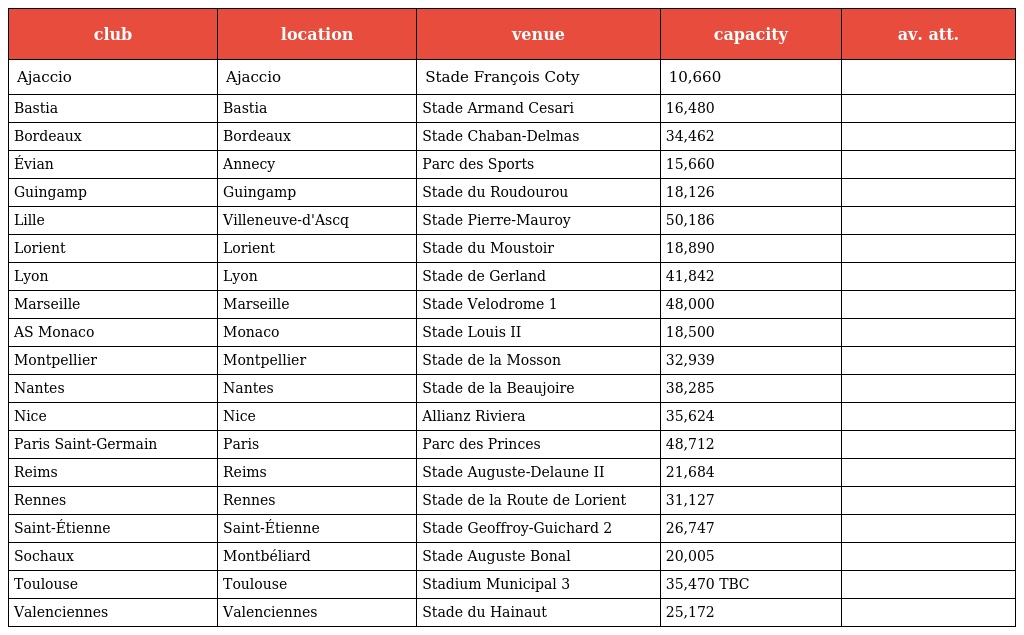
| club | location | venue | capacity | av. att. |
 | --- | --- | --- | --- | --- |
 | Ajaccio | Ajaccio | Stade François Coty | 10,660 |  |
 | Bastia | Bastia | Stade Armand Cesari | 16,480 |  |
 | Bordeaux | Bordeaux | Stade Chaban-Delmas | 34,462 |  |
 | Évian | Annecy | Parc des Sports | 15,660 |  |
 | Guingamp | Guingamp | Stade du Roudourou | 18,126 |  |
 | Lille | Villeneuve-d'Ascq | Stade Pierre-Mauroy | 50,186 |  |
 | Lorient | Lorient | Stade du Moustoir | 18,890 |  |
 | Lyon | Lyon | Stade de Gerland | 41,842 |  |
 | Marseille | Marseille | Stade Velodrome 1 | 48,000 |  |
 | AS Monaco | Monaco | Stade Louis II | 18,500 |  |
 | Montpellier | Montpellier | Stade de la Mosson | 32,939 |  |
 | Nantes | Nantes | Stade de la Beaujoire | 38,285 |  |
 | Nice | Nice | Allianz Riviera | 35,624 |  |
 | Paris Saint-Germain | Paris | Parc des Princes | 48,712 |  |
 | Reims | Reims | Stade Auguste-Delaune II | 21,684 |  |
 | Rennes | Rennes | Stade de la Route de Lorient | 31,127 |  |
 | Saint-Étienne | Saint-Étienne | Stade Geoffroy-Guichard 2 | 26,747 |  |
 | Sochaux | Montbéliard | Stade Auguste Bonal | 20,005 |  |
 | Toulouse | Toulouse | Stadium Municipal 3 | 35,470 TBC |  |
 | Valenciennes | Valenciennes | Stade du Hainaut | 25,172 |  |